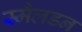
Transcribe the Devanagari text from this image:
स्मैलडन